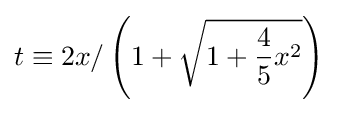
t\equiv 2x/\left(1+{\sqrt {1+{\frac {4}{5}}x^{2}}}\right)